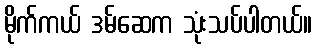
မိုက်ကယ် ဒမ်ဆေက သုံးသပ်ပါတယ်။